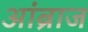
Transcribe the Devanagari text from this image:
आंब्राज